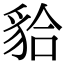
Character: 𧳇